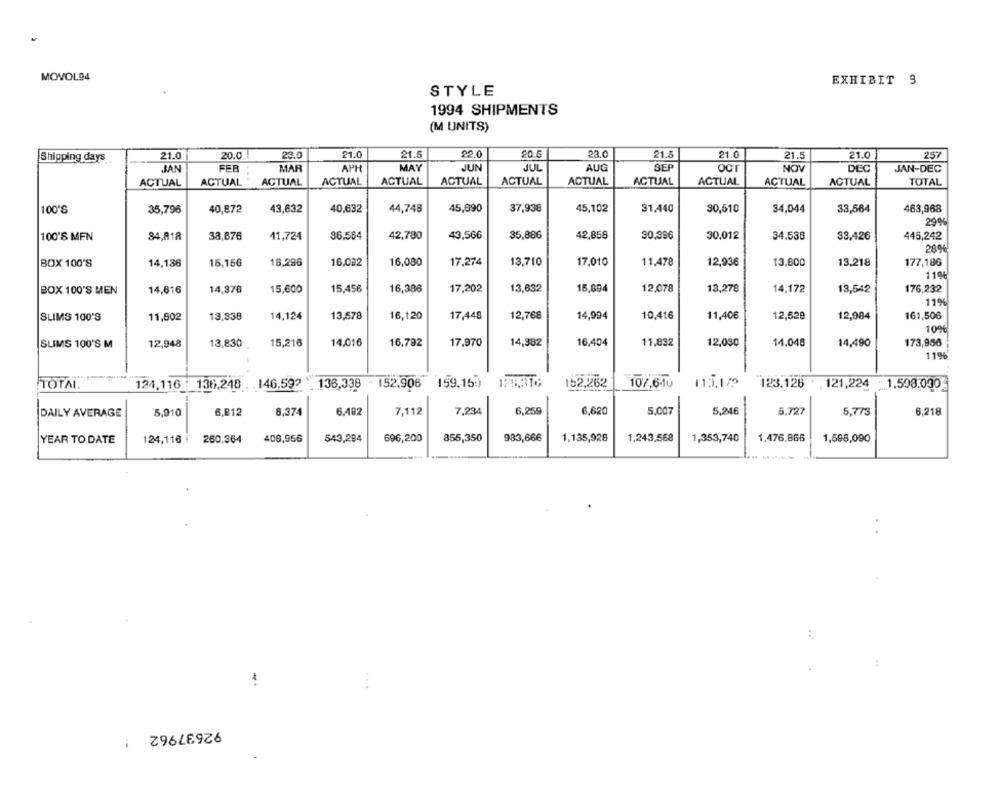
MOVOL94
EXHIBIT 9
STYLE
1994 SHIPMENTS
(M UNITS)
Shipping days
21.0
20.0 1
23.0
21.0
21.5
22.0
20.5
23.0
21.5
21.0
21.5
21.0
257
FEB
MAR
APH
MAY
JUN
JUL
AUG
SEP
NOV
JAN
ocr
DEC
JAN-DEC
ACTUAL
ACTUAL
ACTUAL
ACTUAL
ACTUAL
ACTUAL
ACTUAL
ACTUAL
ACTUAL
ACTUAL
ACTUAL
ACTUAL
TOTAL
100'S
35,796
40,872
43,632
40,632
44,748
45,690
37,938
45,102
31,440
30,510
34,044
33,564
463,968
29%
100'S MFN
84,818
38,676
11,724
36.564
42,780
43,566
35,886
42,858
30,396
30.012
34.538
33,426
445,242
28%
16,296
16,082
17,274
13,710
17,010
11,478
12,936
13.600
13.218
177,186
BOX 100'S
14,136
16,156
16,080
116
BOX 100'S MEN
14,616
14,370
15,600
15,456
16,386
17,202
13,632
15,894
12.078
13,278
14,172
13,542
176,232
11%
SLIMS 100'S
13,338
14,124
13,578
16,120
17,448
12,768
14,994
10,416
11,40€
12,529
12,984
161,506
11,802
10%
SLIMS 100'S M
12,948
13,830
15,216
14,016
16.792
17,970
14,382
16,404
11,832
12,080
14.048
14,490
173,956
119%
TOTAL.
124,116 : 136,248 . 146.59?
136,338 - 152.906
159,15.)
128,316
152,262
107.6-10
115,17?
123.126 , 121,224
: 1,508.090€
5,910
6.812
8,374
6.492
7,112
7,234
6,259
6,620
5.007
5,246
5.727
5,773
DAILY AVERAGE
8,218
YEAR TO DATE
124,116 i
260.364
406,956
543,294
696,200
855,350
983,666
1.135,928
1,243,568
1,353,740
1,476.866
1,598,090
92637962